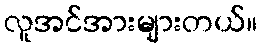
လူအင်အားများတယ်။